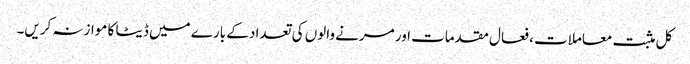
کل مثبت معاملات ، فعال مقدمات اور مرنے والوں کی تعداد کے بارے میں ڈیٹا کا موازنہ کریں۔